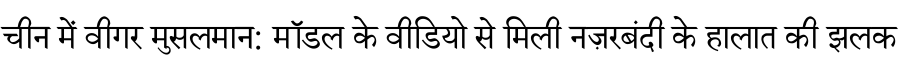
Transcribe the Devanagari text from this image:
चीन में वीगर मुसलमान: मॉडल के वीडियो से मिली नज़रबंदी के हालात की झलक